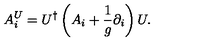
A _ { i } ^ { U } = U ^ { \dagger } \left( A _ { i } + \frac { 1 } { g } \partial _ { i } \right) U .